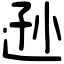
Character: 逊